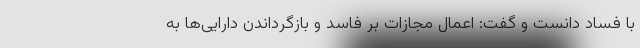
با فساد دانست و گفت: اعمال مجازات بر فاسد و بازگرداندن دارایی‌ها به